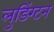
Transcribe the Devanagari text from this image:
लुडिंग्टन